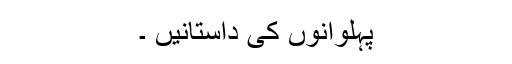
پہلوانوں کی داستانیں ۔